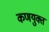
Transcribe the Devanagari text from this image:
कणयुक्त